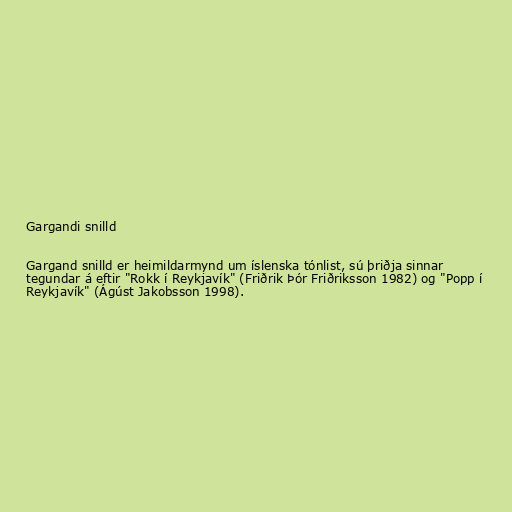
Gargandi snilld

Gargand snilld er heimildarmynd um íslenska tónlist, sú þriðja sinnar
tegundar á eftir "Rokk í Reykjavík" (Friðrik Þór Friðriksson 1982) og "Popp í
Reykjavík" (Ágúst Jakobsson 1998).